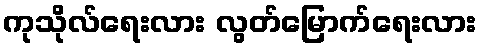
ကုသိုလ်ရေးလား လွတ်မြောက်ရေးလား